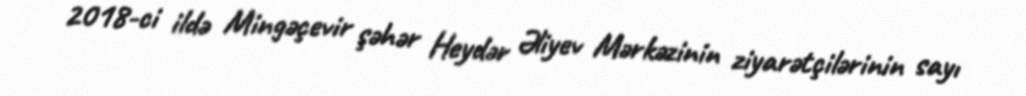
2018-ci ildə Mingəçevir şəhər Heydər Əliyev Mərkəzinin ziyarətçilərinin sayı